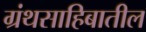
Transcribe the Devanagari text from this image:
ग्रंथसाहिबातील